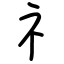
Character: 礻